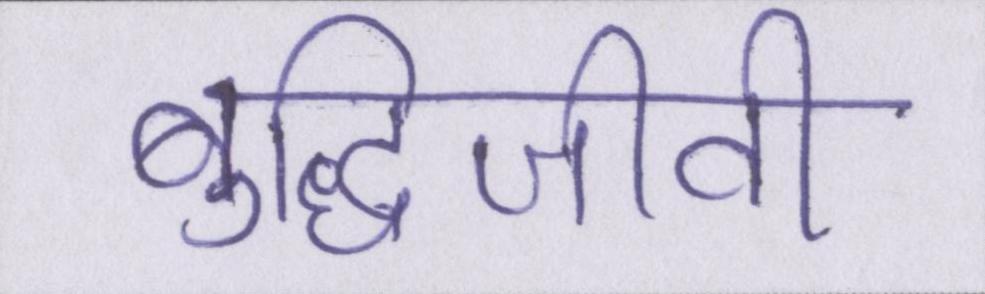
बुद्धिजीवी